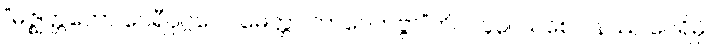
“မဇ္ဈတ္တတော ဝေရီပုဂ္ဂလေ မေတ္တာ ဘာဝေတဗ္ဗာ”တိ။ ၂၄၃။ သစေ ပနဿ ဝေရိမှိ